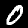
Digit: 0